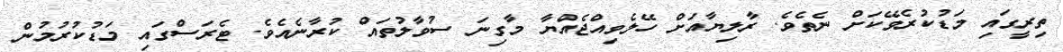
ތިރީގައި މަޑުކުރެވޭކަށް ނެތެވެ. ރާލިޔާއަށް ހޭލެވިއްޖެއްޔާ މާގިނަ ސުވާލުތައް ކުރާނެއެވެ. ޓެރަސްގައި މަޑުކުރުމުން